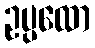
ဥပ္ပထော